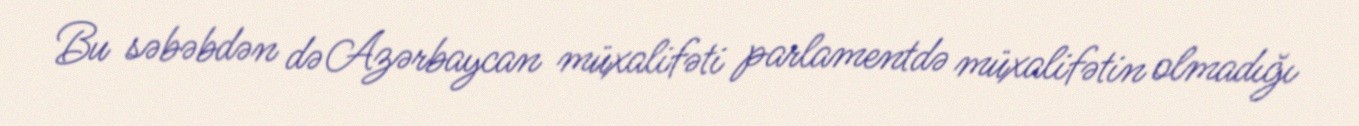
Bu səbəbdən də Azərbaycan müxalifəti parlamentdə müxalifətin olmadığı